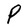
Character: P